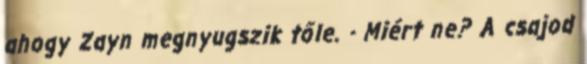
ahogy Zayn megnyugszik tőle. - Miért ne? A csajod